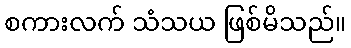
စကားလက် သံသယ ဖြစ်မိသည်။